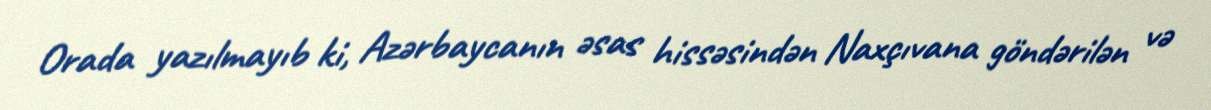
Orada yazılmayıb ki, Azərbaycanın əsas hissəsindən Naxçıvana göndərilən və